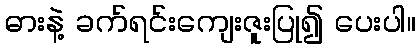
ဓားနဲ့ ခက်ရင်းကျေးဇူးပြု၍ ပေးပါ။